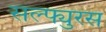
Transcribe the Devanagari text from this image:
सल्फ्युरस